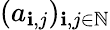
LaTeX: (a_{\mathbf{i},j})_{\mathbf{i},j\in\mathbb{{N}}}